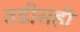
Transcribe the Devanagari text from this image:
तडीसही